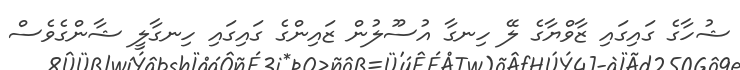
ޝުހާގެ ގައިގައި ޒާވްޔާގެ ލޭ ހިނގާ އުސޫލުން ޒައިންގެ ގައިގައި ހިނގާލީ ޝާންގެވެސް